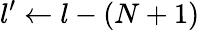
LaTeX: l^{\prime}\gets l-(N+1)